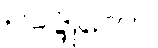
ဥပဒ္ဒုတော